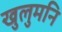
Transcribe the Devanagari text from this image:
खुलुमनि